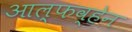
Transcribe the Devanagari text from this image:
आल्फव्हेन